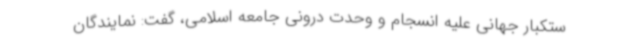
ستکبار جهانی علیه انسجام و وحدت درونی جامعه اسلامی، گفت: نمایندگان